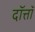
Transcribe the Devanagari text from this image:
दॉत्तॉ